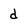
Character: d